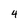
Character: 4